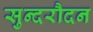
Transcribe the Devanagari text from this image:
सुन्दरौदन